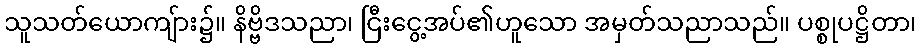
သူသတ်ယောကျ်ား၌။ နိဗ္ဗိဒသညာ၊ ငြီးငွေ့အပ်၏ဟူသော အမှတ်သညာသည်။ ပစ္စုပဋ္ဌိတာ၊